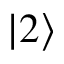
\left| 2 \right\rangle